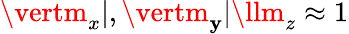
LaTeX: \vertm_{x}\vert,\vertm_{\mathbf{y}}\vert\llm_{z}\approx1